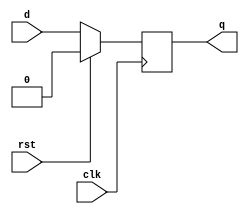
`timescale 1ns / 1ps
//////////////////////////////////////////////////////////////////////////////////
// Company: 
// Engineer: 
// 
// Design Name: 
// Module Name:    Flip_Flop_D2 
// Project Name: 
// Target Devices: 
// Tool versions: 
// Description: 
//
// Dependencies: 
//
// Revision: 
// Revision 0.01 - File Created
// Additional Comments: 
//
//////////////////////////////////////////////////////////////////////////////////
module Flip_Flop_D2(

    input clk,
    input d,
    input rst,
    output reg q
    );

	 always @(posedge clk)
	 if (rst) 
	 q <= 0;
	 else
	 q <= d;
    

endmodule